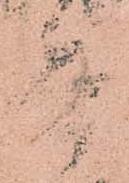
兵